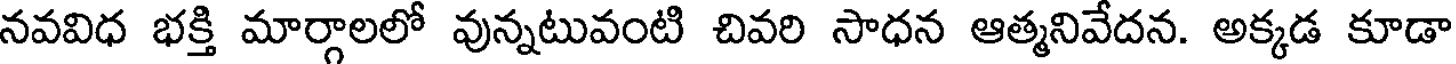
నవవిధ భక్తి మార్గాలలో వున్నటువంటి చివరి సాధన ఆత్మనివేదన. అక్కడ కూడా